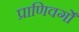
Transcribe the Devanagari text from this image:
प्राणिवर्गों